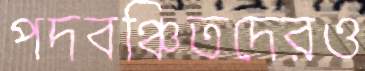
পদবঞ্চিতদেরও